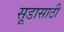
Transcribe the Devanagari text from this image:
सूडासाठी